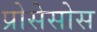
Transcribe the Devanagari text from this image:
प्रोसेसोस